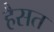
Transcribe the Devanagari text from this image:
हैसत